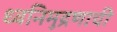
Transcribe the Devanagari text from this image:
ध्वनिमुद्रणाची